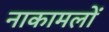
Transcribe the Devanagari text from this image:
नाकामलों